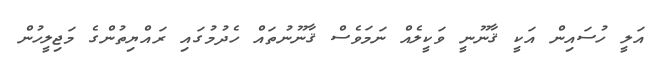
އަލީ ހުސައިން އަކީ ޤާނޫނީ ވަކީލެއް ނަމަވެސް ޤާނޫނުތައް ހެދުމުގައި ރައްޔިތުންގެ މަޖިލީހުން